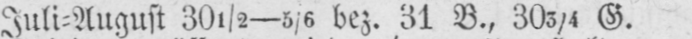
Juli⸗August 30½-5/6 bez. 31 B., 303/4 G.